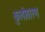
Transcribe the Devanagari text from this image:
कुलोतारण